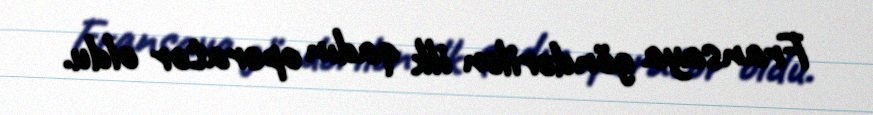
Fransaya göndərilən ilk qadın operator oldu.